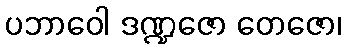
ပဘာဝေါ ဒဏ္ဍဇော တေဇော၊